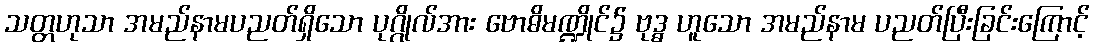
သတ္တဟုသာ အမည်နာမပညတ်ရှိသော ပုဂ္ဂိုလ်အား ဗောဓိမဏ္ဍိုင်၌ ဗုဒ္ဓ ဟူသော အမည်နာမ ပညတ်ပြီးခြင်းကြောင့်